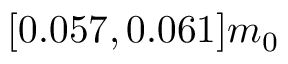
[ 0 . 0 5 7 , 0 . 0 6 1 ] m _ { 0 }